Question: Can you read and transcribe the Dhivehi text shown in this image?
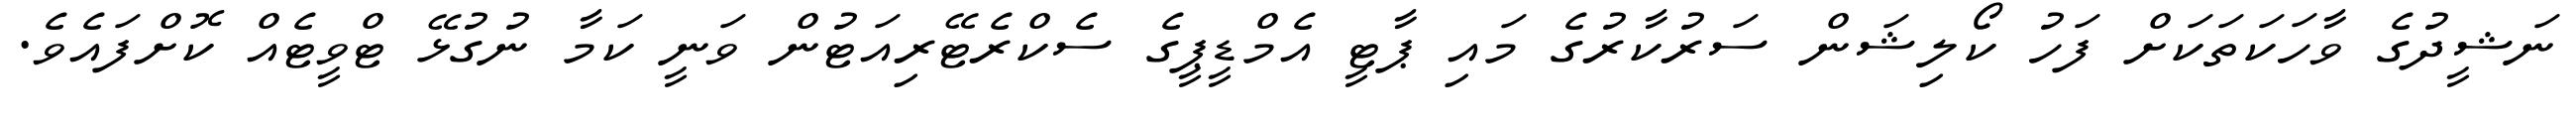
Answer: ނަޝީދުގެ ވާހަކަތަކަށް ފަހު ކޯލިޝަން ސަރުކާރުގެ މައި ޕާޓީ އެމްޑީޕީގެ ސެކްރެޓޭރިއަޓުން ވަނީ ކަމާ ނުގުޅޭ ޓްވީޓެއް ކޮށްފައެވެ.